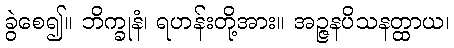
ခွဲစေ၍။ ဘိက္ခုနံ၊ ရဟန်းတို့အား။ အဉ္ဇနပိသနတ္ထာယ၊